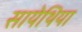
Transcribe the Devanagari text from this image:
सायेथिया